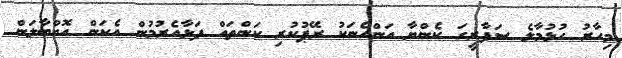
މިހާރު ހުޅުމާލެ ސަފާރީގަ ކެންޔާ އަންހެނަކު ރޭޕުކުރި ކަންތައް ފަޅާއެރުމުން އެކަން އޮއްބާލަން